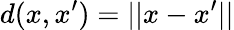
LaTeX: d(x,x^{\prime})=||x-x^{\prime}||